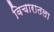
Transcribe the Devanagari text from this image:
विचारातला